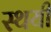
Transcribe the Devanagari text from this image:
स्‍थयी